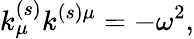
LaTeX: k_{\mu}^{(s)}k^{(s)\mu}=-\omega^{2},